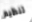
تنظيم